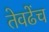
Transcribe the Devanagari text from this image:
तेवढेंच